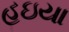
હઇયા